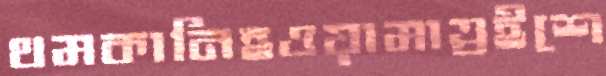
থমকানিহওয়ামাত্রইশে